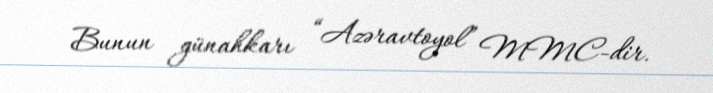
Bunun günahkarı “Azəravtoyol” MMC-dir.